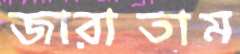
জারাতাম